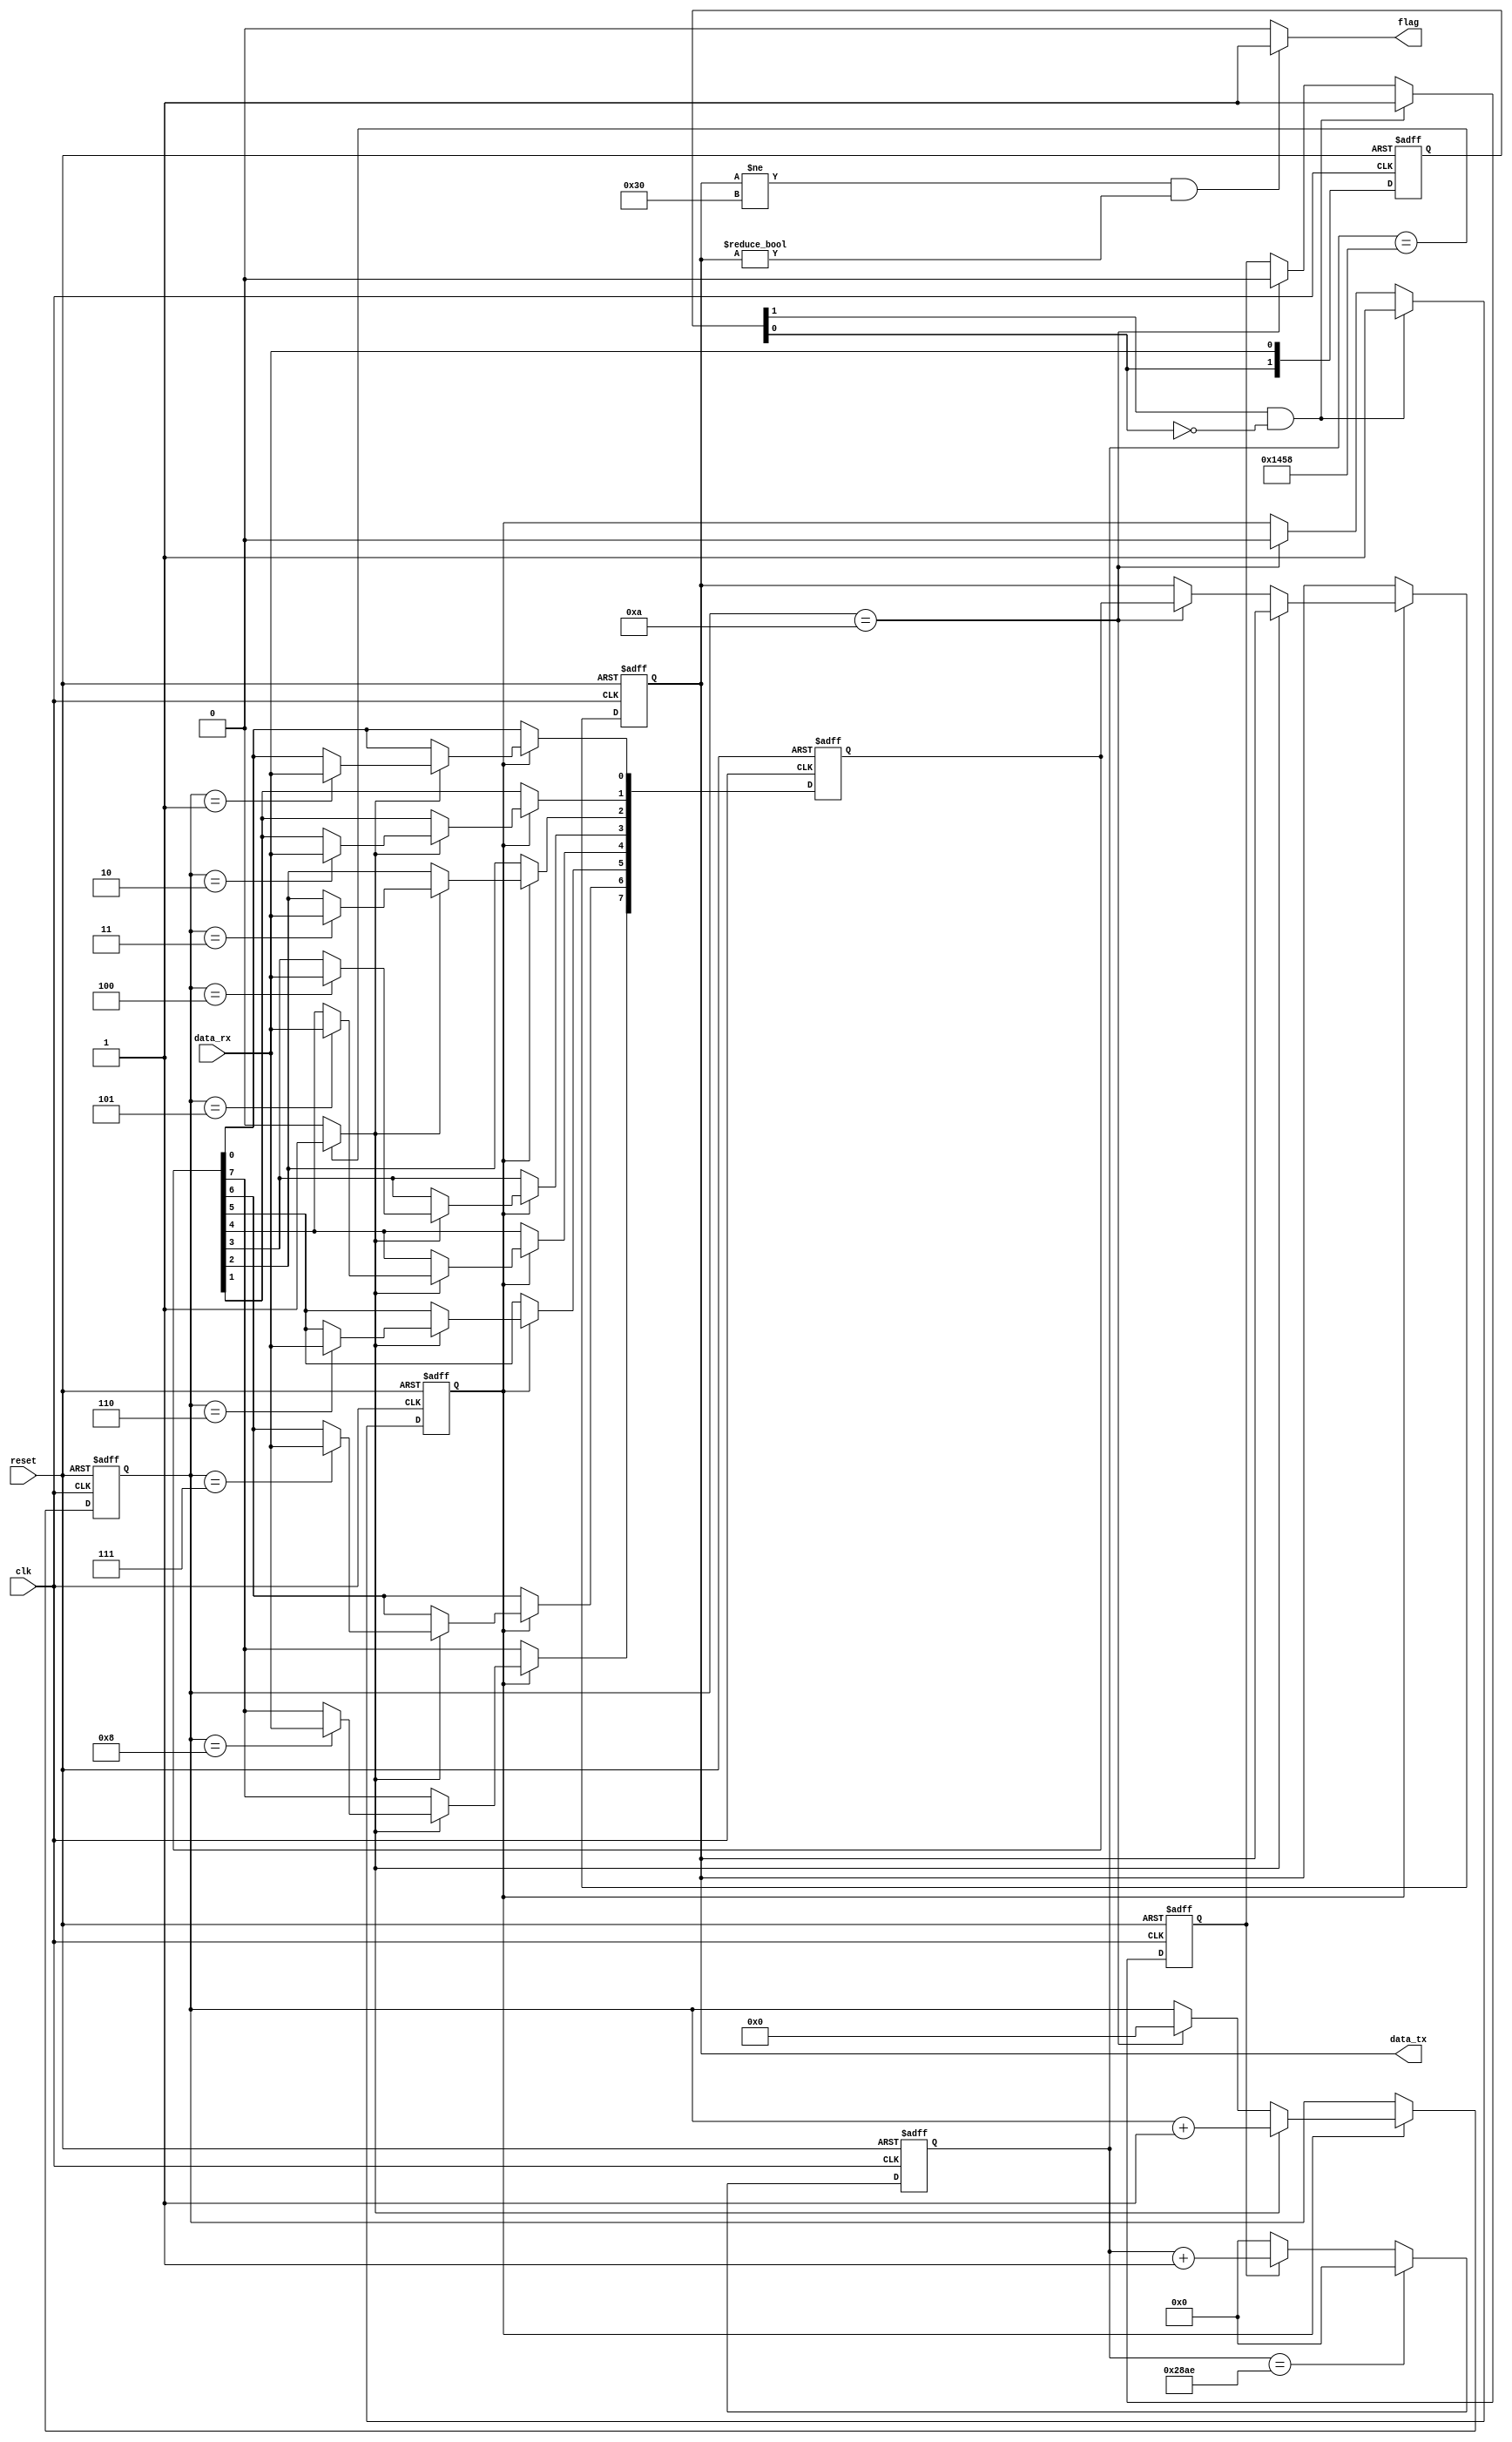
module bluetooth(clk,reset,data_rx,flag,data_tx);      
input clk;
input reset;
input data_rx;

output reg flag;
output [7:0] data_tx;
                                    
parameter T = 15'd10414; //1bit9600                          

//9600
reg start;
reg [14:0]cnt;
always @(posedge clk or posedge reset)
begin
   if(reset) 
      cnt <= 15'd0;
   else if(cnt == T) 
      cnt <= 15'd0;
   else if(start) 
      cnt <= cnt + 1'b1;
   else 
      cnt <= 1'b0;
end

//
wire collect;
assign collect = (cnt ==  15'd5208) ? 1'b1 : 1'b0; 

//
reg	[1:0] down;
always @(posedge clk or	posedge	reset)
begin
    if(reset)	
        down <= 2'b11;
    else	
    begin
        down[0]<=data_rx;
        down[1]<=down[0];
    end
end

//
wire nege_edge;
assign nege_edge= down[1]& ~down[0];

//UART
reg	[3:0]num;
reg rx_on;//1   
always @(posedge clk or posedge reset)
begin
    if(reset)	
    begin	
        start <= 1'b0;	
        rx_on <= 1'b0;
    end
    else if(nege_edge)
    begin
        start <= 1'b1;
        rx_on <= 1'b1;
    end
    else if(num == 4'd10)
    begin
        start <= 1'b0;	
        rx_on <= 1'b0;
    end
end

//
reg	[7:0]rx_data_temp_r;//
reg	[7:0]rx_data_r;//
always @(posedge clk or posedge reset)
begin
    if(reset)	
    begin	
        rx_data_r<= 8'd0;
        rx_data_temp_r<= 8'd0;
        num <= 4'd0;
    end
    else if(rx_on) 
    begin
        if(collect) 
        begin
            num <= num + 1'b1;
            case(num)
                4'd1: rx_data_temp_r[0] <= data_rx;
                4'd2: rx_data_temp_r[1] <= data_rx;	
                4'd3: rx_data_temp_r[2] <= data_rx;	
                4'd4: rx_data_temp_r[3] <= data_rx;	
                4'd5: rx_data_temp_r[4] <= data_rx;
                4'd6: rx_data_temp_r[5] <= data_rx;	
                4'd7: rx_data_temp_r[6] <= data_rx;	
                4'd8: rx_data_temp_r[7] <= data_rx;	
                default: ;
            endcase
        end
        else if(num == 4'd10)
        begin
            rx_data_r <= rx_data_temp_r;
            num <= 4'd0;
        end
    end
end

//
assign data_tx = rx_data_r;

//0flag=1
always @ (*)
begin
   if(data_tx!=8'b0011_0000&&data_tx!=8'b0)
   begin
       flag<=1;
   end
   else
   begin
       flag<=0;
   end
end    

endmodule